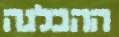
ההבלגה